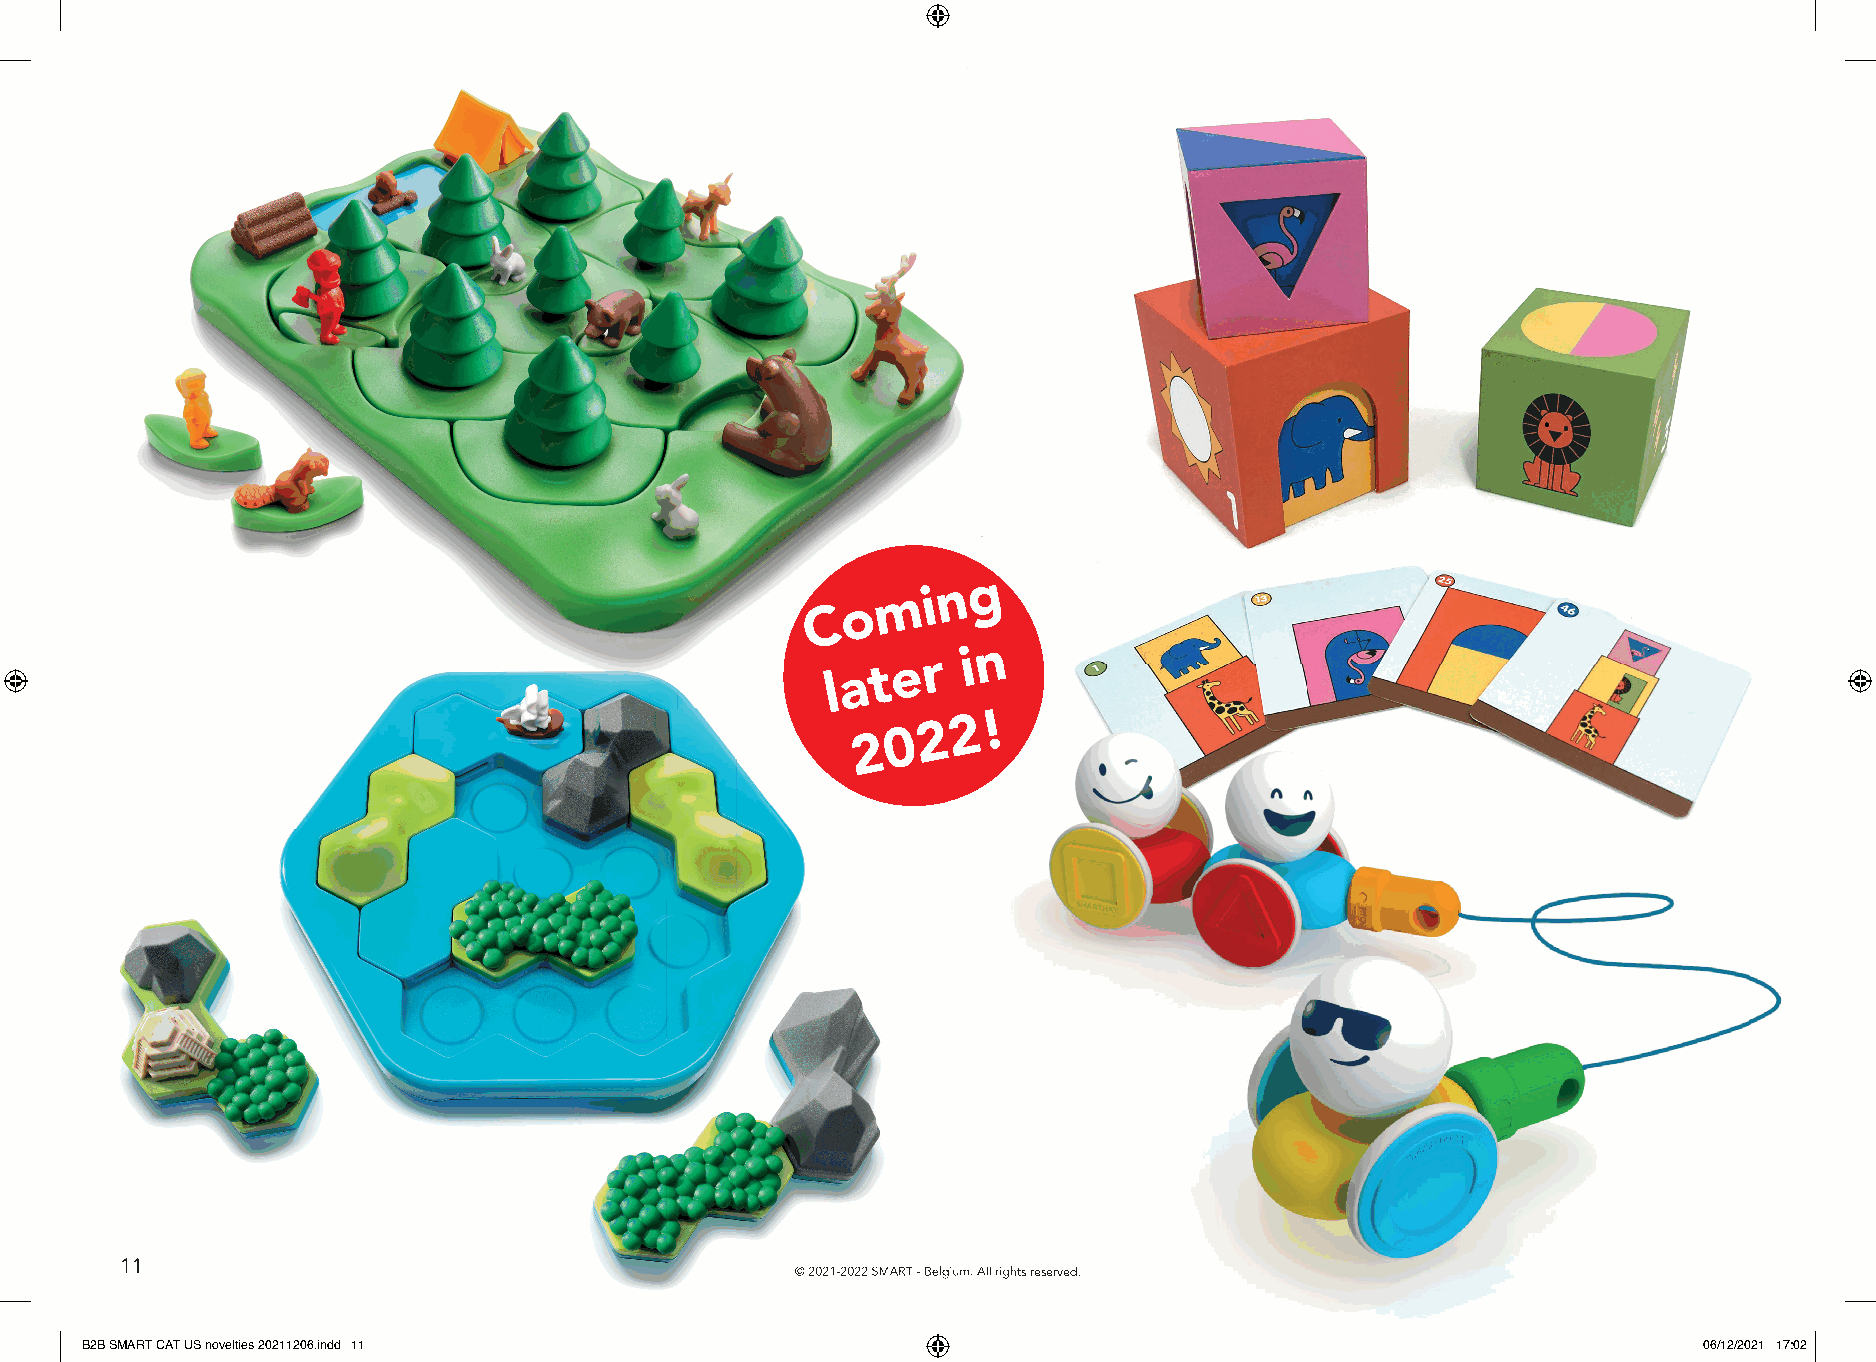
g
 m  i n
 o
 C
 l a t e r i n
 2 !
 2
 0
 2
 1111
 ©©© 222000222111---222000222222 SSSMMMAAARRRTTT --- BBBeeelllgggiiiuuummm... AAAllllll rrriiiggghhhtttsss rrreeessseeerrrvvveeeddd...
 BB22BB SSMMAARRTT CCAATT UUSS nnoovveellttiieess 2200221111220066..iinndddd 1111                            0066//1122//22002211 1177::0022